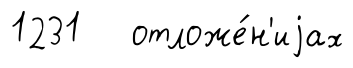
1231 отложе́н'иjах